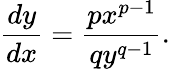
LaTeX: {\frac{dy}{dx}}={\frac{px^{p-1}}{qy^{q-1}}}.